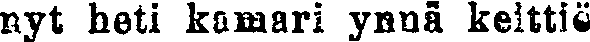
nyt heti kamari ynnä keittiö